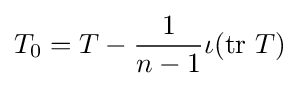
T_{0}=T-{\frac {1}{n-1}}\iota (\operatorname {tr} \,T)